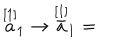
\stackrel { \lbrack 1 ] } { a } _ { 1 } \rightarrow \stackrel { [ 1 ] } { \bar { a } } _ { 1 } =